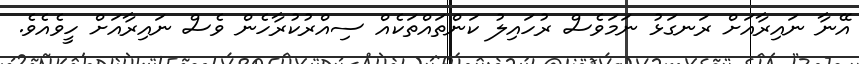
އޭނާ ނައިރާއަށް ރަނގަޅު ނަމަވެސް ރުހައިލު ކަންތައްތަކެއް ސިއްރުކުރާހެން ވެސް ނައިރާއަށް ހީވެއެވެ.